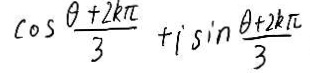
\cos \frac { \theta + 2 k \pi } { 3 } + i \sin \frac { \theta + 2 k \pi } { 3 }